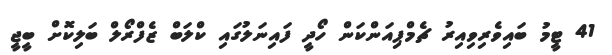
41 ޓީމު ބައިވެރިވިއިރު ޗެމްޕިއަންކަން ހޯދީ ފައިނަލުގައި ކްލަބް ޒެފްރޯލް ބަލިކޮށް ބީޖީ